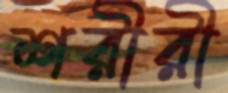
শরীরী